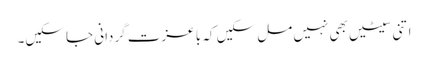
اتنی سیٹیں بھی نہیں مل سکیں کہ با عزت گردانی جا سکیں۔